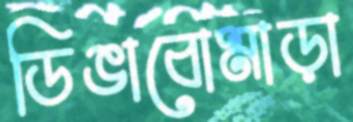
ডিঙাবোমাড়া